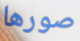
صورها